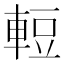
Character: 𮝒